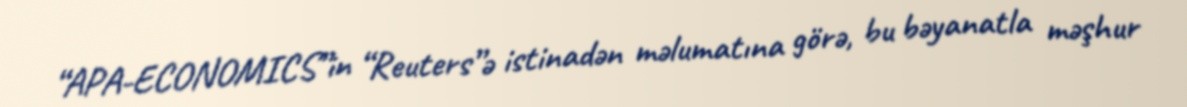
“APA-ECONOMICS”in “Reuters”ə istinadən məlumatına görə, bu bəyanatla məşhur